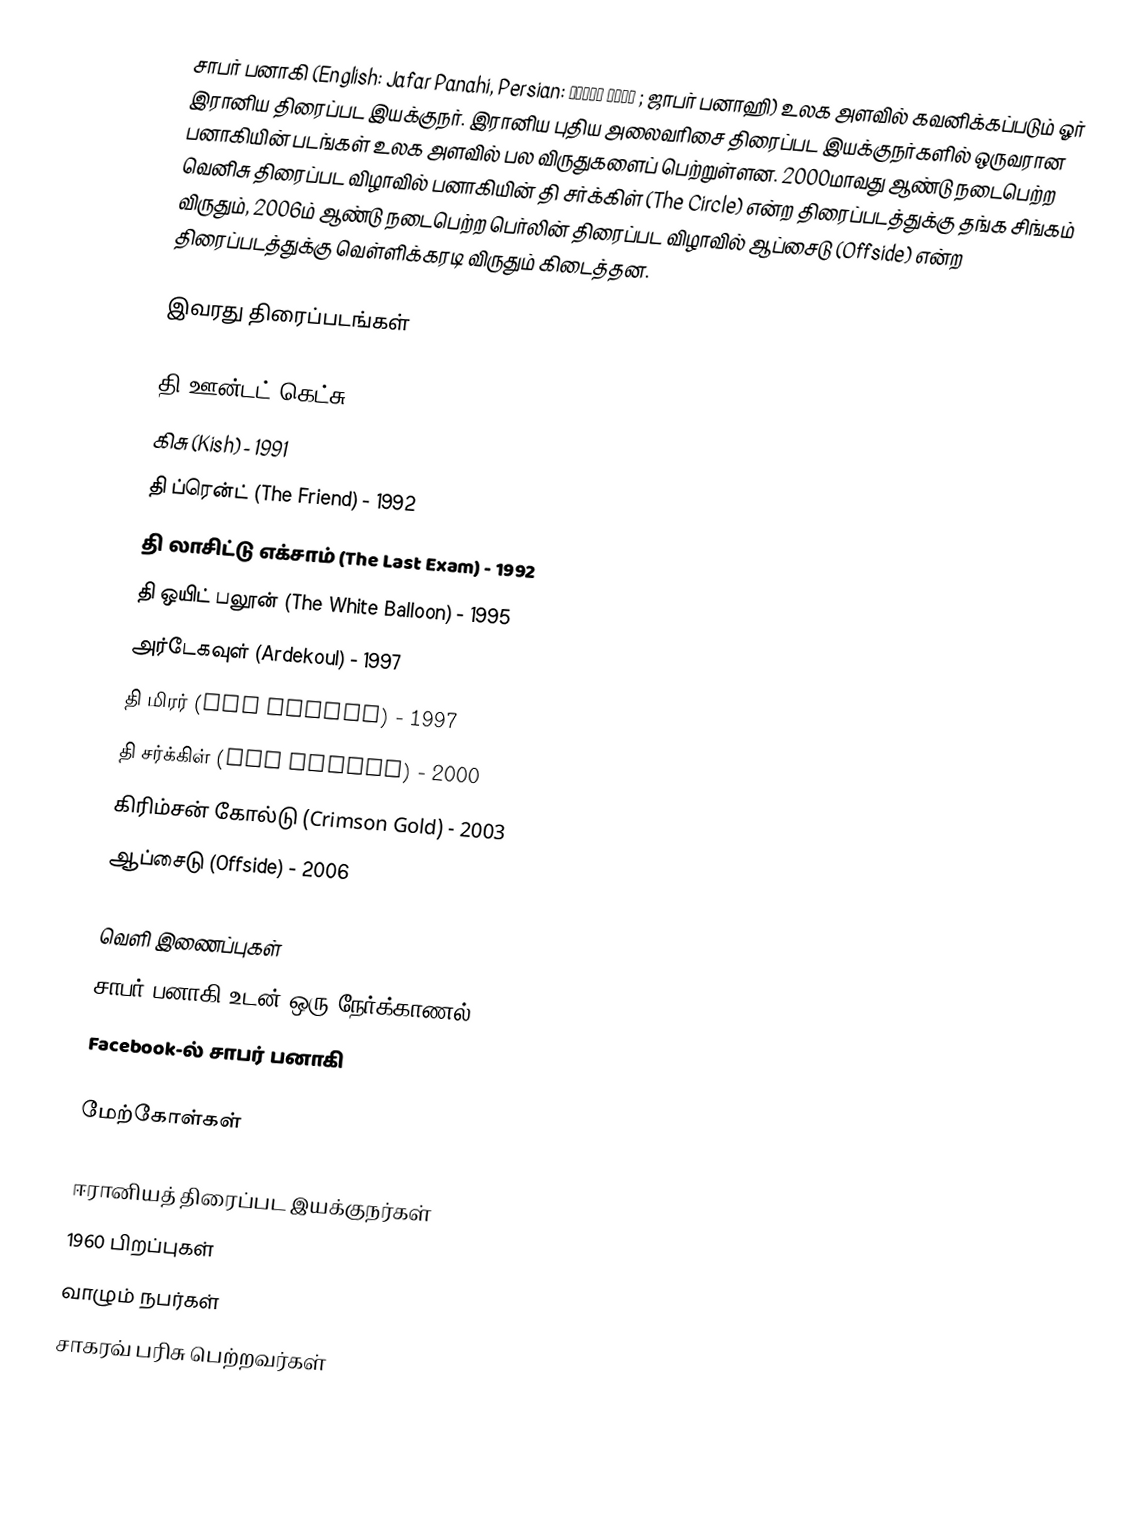
சாபர் பனாகி (English: Jafar Panahi, Persian: جعفر پناهی ; ஜாபர் பனாஹி) உலக அளவில் கவனிக்கப்படும் ஓர் இரானிய திரைப்பட இயக்குநர். இரானிய புதிய அலைவரிசை திரைப்பட இயக்குநர்களில் ஒருவரான பனாகியின் படங்கள் உலக அளவில் பல விருதுகளைப் பெற்றுள்ளன. 2000மாவது ஆண்டு நடைபெற்ற வெனிசு திரைப்பட விழாவில் பனாகியின் தி சர்க்கிள் (The Circle) என்ற திரைப்படத்துக்கு தங்க சிங்கம் விருதும், 2006ம் ஆண்டு நடைபெற்ற பெர்லின் திரைப்பட விழாவில் ஆப்சைடு (Offside) என்ற திரைப்படத்துக்கு வெள்ளிக்கரடி விருதும் கிடைத்தன.

இவரது திரைப்படங்கள்

 தி ஊன்டட் கெட்சு (The Wounded Heads) - 1988
 கிசு (Kish) - 1991
 தி ப்ரென்ட் (The Friend) - 1992
 தி லாசிட்டு எக்சாம் (The Last Exam) - 1992
 தி ஒயிட் பலூன் (The White Balloon) - 1995
 அர்டேகவுள் (Ardekoul) - 1997
 தி மிரர் (The Mirror) - 1997
 தி சர்க்கிள் (The Circle) - 2000
 கிரிம்சன் கோல்டு (Crimson Gold) - 2003
 ஆப்சைடு (Offside) - 2006

வெளி இணைப்புகள்
 சாபர் பனாகி உடன் ஒரு நேர்க்காணல்
 Facebook-ல் சாபர் பனாகி

மேற்கோள்கள்

ஈரானியத் திரைப்பட இயக்குநர்கள்
1960 பிறப்புகள்
வாழும் நபர்கள்
சாகரவ் பரிசு பெற்றவர்கள்